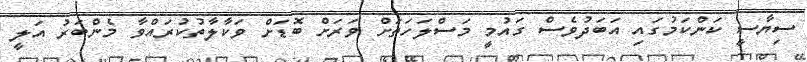
ސިޔާސީ ކަންކަމުގައި އަބަދުވެސް ގައުމީ މަސްލަހަތަށް ވަރަށް ބޮޑަށް ވަކާލާތުކުރައްވާ މެންބަރު އަލީ